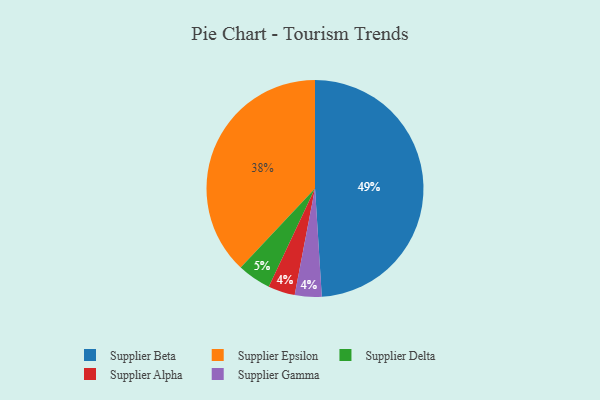
{"axis": {"x": "Category", "y": "Percentage"}, "legend": ["Supplier Alpha", "Supplier Beta", "Supplier Delta", "Supplier Epsilon", "Supplier Gamma"], "data": [{"x": "Supplier Beta", "y": 49, "type": "Supplier Beta"}, {"x": "Supplier Alpha", "y": 4, "type": "Supplier Alpha"}, {"x": "Supplier Epsilon", "y": 38, "type": "Supplier Epsilon"}, {"x": "Supplier Delta", "y": 5, "type": "Supplier Delta"}, {"x": "Supplier Gamma", "y": 4, "type": "Supplier Gamma"}]}